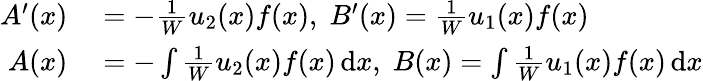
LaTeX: \begin{array}{rl}{A^{\prime}(x)}&{{}=-{\frac{1}{W}}u_{2}(x)f(x),\; B^{\prime}(x)={\frac{1}{W}}u_{1}(x)f(x)}\\ {A(x)}&{{}=-\int{\frac{1}{W}}u_{2}(x)f(x)\, \mathrm{d}x,\; B(x)=\int{\frac{1}{W}}u_{1}(x)f(x)\, \mathrm{d}x}\end{array}